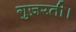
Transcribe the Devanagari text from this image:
गुज़रती।